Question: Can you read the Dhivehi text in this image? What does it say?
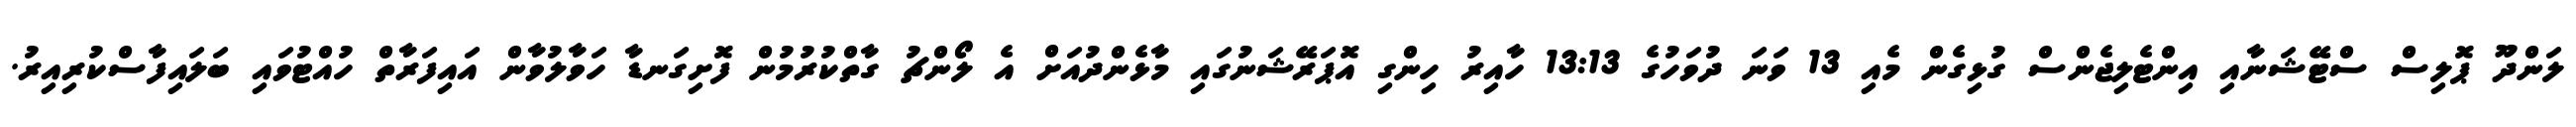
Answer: ލަންދޫ ޕޮލިސް ސްޓޭޝަނާއި އިންޓެލިޖެންސް ގުޅިގެން މެއި 13 ވަނަ ދުވަހުގެ 13:13 ހާއިރު ހިންގި އޮޕަރޭޝަނުގައި މާޅެންދުއަށް އެ ލޯންޗު ގާތްކުރުމުން ފޮށިގަނޑާ ހަވާލުވާން އައިފަރާތް ހުއްޓުވައި ބަލައިފާސްކުރިއިރު.